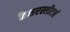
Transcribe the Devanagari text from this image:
कैसरस्लौटर्न